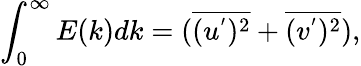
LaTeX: \int_{0}^{\infty}E(k)dk=(\overline{{(u^{'})^{2}}}+\overline{{(v^{'})^{2}}}),